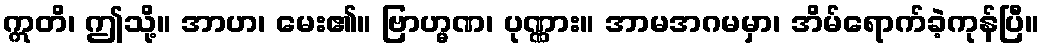
ဣတိ၊ ဤသို့။ အာဟ၊ မေး၏။ ဗြာဟ္မဏ၊ ပုဏ္ဏား။ အာမအဂမမှာ၊ အိမ်ရောက်ခဲ့ကုန်ပြီ။